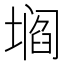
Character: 𰊡